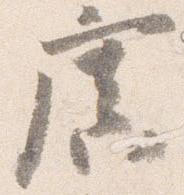
広